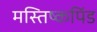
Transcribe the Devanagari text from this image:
मस्तिष्कपिंड